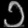
Digit: ၁